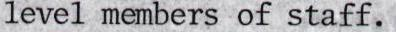
level members of staff.